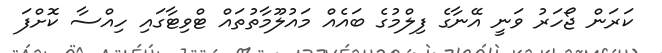
ކަރަން ޖޯހަރު ވަނީ އޭނާގެ ފިލްމުގެ ބައެއް މައުލޫމާތުތައް ޓްވިޓާގައި ހިއްސާ ކޮށްފަ